Annual report of the Civil Veterinary Department, Bengal, for the year 1895-96 - 1895-1896
Year: 1895
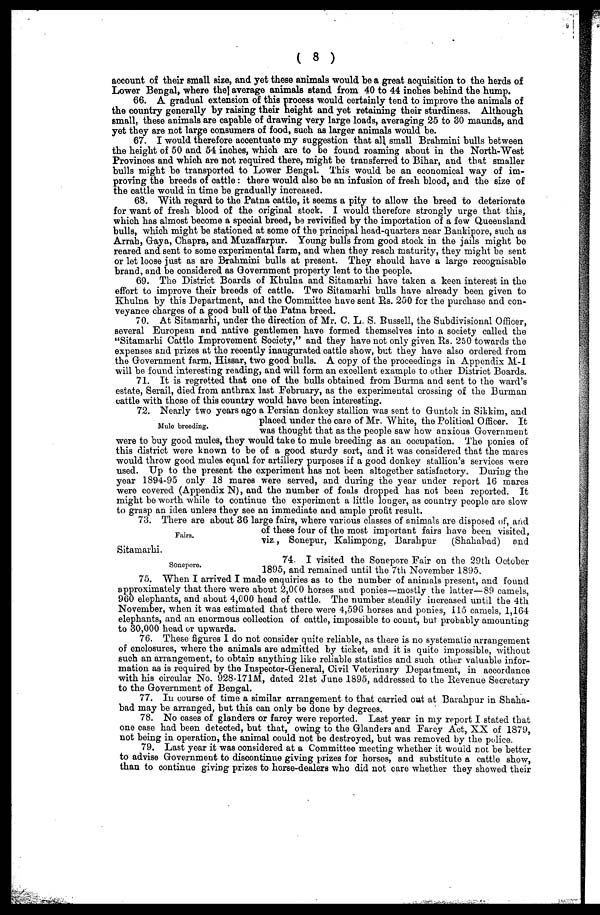
(8)
account of their small size, and yet these animals would be a great acquisition to the herds of
Lower Bengal, where the average animals stand from 40 to 44 inches behind the hump.
66. A gradual extension of this process would certainty tend to improve the animals of
the country generally by raising their height and yet retaining their sturdiness. Although
small, these animals are capable of drawing very large loads, averaging 25 to 30 maunds, and
yet they are not large consumers of food, such as larger animals would be.
67. I would therefore accentuate my suggestion that all small Brahmini bulls between
the height of 50 and 54 inches, which are to be found roaming about in the North-West
Provinces and which are not required there, might be transferred to Bihar, and that smaller
bulls might be transported to Lower Bengal. This would be an economical way of im-
proving the breeds of cattle: there would also be an infusion of fresh blood, and the size of
the cattle would in time be gradually increased.
68. With regard to the Patna cattle, it seems a pity to allow the breed to deteriorate
for want of fresh blood of the original stook. I would therefore strongly urge that this,
which has almost become a special breed, be revivified by the importation of a few Queensland
bulls, which might be stationed at some of the principal head-quarters near Bankipore, such as
Arrah, Gaya, Chapra, and Muzaffarpur. Young bulls from good stock in the jails might be
reared and sent to some experimental farm, and when they reach maturity, they might he sent
or let loose just as are Brahmini bulls at present. They should have a large recognisable
brand, and be considered as Government property lent to the people.
69. The District Boards of Khulna and Sitamarhi have taken a keen interest in the
effort to improve their breeds of cattle. Two Sitamarhi bulls have already been given to
Khulna by this Department, and the Committee have sent Rs. 250 for the purchase and con-
veyance charges of a good bull of the Patna breed.
70. At Sitamarhi, under the direction of Mr. C. L. S. Russell, the Subdivisional Officer,
several European and native gentlemen have formed themselves into a society called the
"Sitamarhi Cattle Improvement Society," and they have not only given Rs. 250 towards the
expenses and prizes at the recently inaugurated cattle show, but they have also ordered from
the Government farm, Hissar, two good bulls. A copy of the proceedings in Appendix M-l
will be found interesting reading, and will form an excellent example to other District Boards.
71. It is regretted that one of the bulls obtained from Burma and sent to the ward's
estate, Serail, died from anthrax last February, as the experimental crossing of the Burman
cattle with those of this country would have been interesting.
Mule breeding.
72. Nearly two years ago a Persian donkey stallion was sent to Guntok in Sikkim, and
placed under the care of Mr. White, the Political Officer. It
was thought that as the people saw how anxious Government
were to buy good mules, they would take to mule breeding as an occupation. The ponies of
this district were known to be of a good sturdy sort, and it was considered that the mares
would throw good mules equal for artillery purposes if a good donkey stallion's services were
used. Up to the present the experiment has not been altogether satisfactory. During the
year 1894-95 only 18 mares were served, and during the year under report 16 mares
were covered (Appendix N), and the number of foals dropped has not been reported. It
might be worth while to continue the experiment a little longer, as country people are slow
to grasp an idea unless they see an immediate and ample profit result.
Fairs.
73. There are about 36 large fairs, where various classes of animals are disposed or, and
of these four of the most important fairs have been visited,
viz., Sonepur, Kalimpong, Barahpur
(Shahabad) and
Sitamarhi.
Sonepore.
74. I visited the Sonepore Fair on the 29th October
1895, and remained until the 7th November 1895.
75. When I arrived I made enquiries as to the number of animals present, and found
approximately that there were about 2,0C0 horses and ponies—mostly the latter—89 camels,
960 elephants, and about 4,000 head of cattle. The number steadily increased until the 4th
November, when it was estimated that there were 4,596 horses and ponies, 115 camels, 1,164
elephants, and an enormous collection of cattle, impossible to count, but probably amounting
to 30,000 head or upwards.
76. These figures I do not consider quite reliable, as there is no systematic arrangement
of enclosures, where the animals are admitted by ticket, and it is quite impossible, without
such an arrangement, to obtain anything like reliable statistics and such other valuable infor-
mation as is required by the Inspector-General, Civil Veterinary Department, in accordance
with his circular No. 928-171M, dated 21st June 1895, addressed to the revenue Secretary
to the Government of Bengal.
77. In course of time a similar arrangement to that carried out at Barahpur in Shaha-
bad may be arranged, but this can only be done by degrees.
78. No cases of glanders or farcy were reported. Last year in my report I stated that
one case had been detected, but that, owing to the Glanders and Farcy Act, XX of 1879,
not being in operation, the animal could not be destroyed, but was removed by the police.
79. Last year it was considered at a Committee meeting whether it would not be better
to advise Government to discontinue giving prizes for horses, and substitute a cattle show,
than to continue giving prizes to horse-dealers who did not care whether they showed their